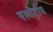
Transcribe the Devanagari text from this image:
एलोट्रोप